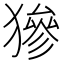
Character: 㺑